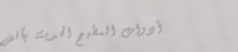
أدوات المطبخ الحديثة بأفض